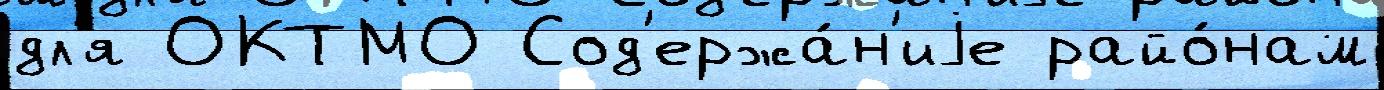
дл'я ОКТМО Сод'ержа́н'иjе райо́нам